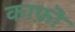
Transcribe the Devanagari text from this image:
काफ़ॊ